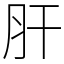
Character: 肝